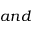
a n d